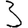
Digit: 3